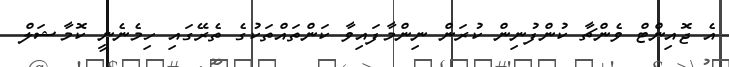
އެ ޖޮއިންޓް ވެންޗާ ކުންފުނިން ކުރަން ނިންމާފައިވާ ކަންތައްތަކުގެ ތެރޭގައި ހިމެނެނީ ކޮމާޝަލް